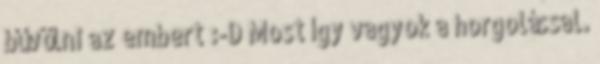
bűvölni az embert :-D Most így vagyok a horgolással.